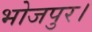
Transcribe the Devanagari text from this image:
भोजपुर।